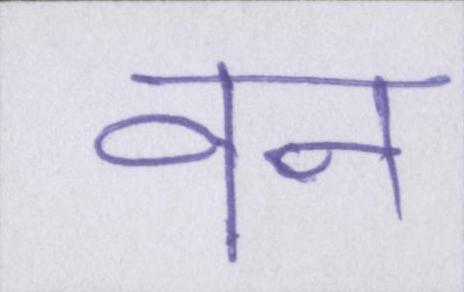
वन